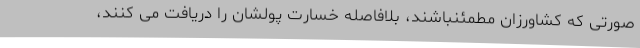
صورتی که کشاورزان مطمئنباشند، بلافاصله خسارت پولشان را دریافت می کنند،